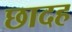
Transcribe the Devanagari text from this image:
छादह